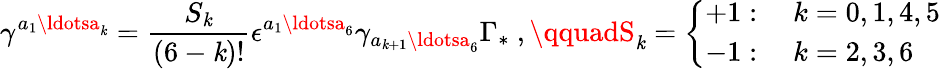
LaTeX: \gamma^{a_{1}\ldotsa_{\mathit{k}}}=\frac{{S_{\mathit{k}}}}{{(6-\mathit{k})!}}\epsilon^{a_{1}\ldotsa_{6}}\gamma_{a_{\mathit{k}+1}\ldotsa_{6}}\Gamma_{*}\ ,\qquadS_{\mathit{k}}=\left\{ \begin{array}{l}{{+1:\quad k=0,1,4,5}}\\ {{-1:\quad k=2,3,6}}\end{array}\right.